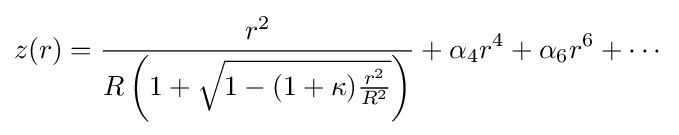
z(r)={\frac {r^{2}}{R\left(1+{\sqrt {1-(1+\kappa ){\frac {r^{2}}{R^{2}}}}}\right)}}+\alpha _{4}r^{4}+\alpha _{6}r^{6}+\cdots